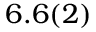
6 . 6 ( 2 )